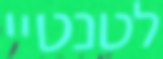
לטנטיי